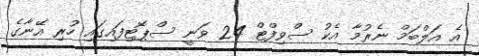
އެ އަލްބަމް ނެރުމާ އެކު ސްވިފްޓް 24 ވަނީ ސްޕޮޓިފައިގައި ހުރި އޭނާގެ